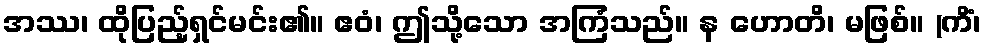
အဿ၊ ထိုပြည့်ရှင်မင်း၏။ ဧဝံ၊ ဤသို့သော အကြံသည်။ န ဟောတိ၊ မဖြစ်။ (ကိံ၊